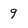
Character: 9